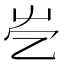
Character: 𡴄